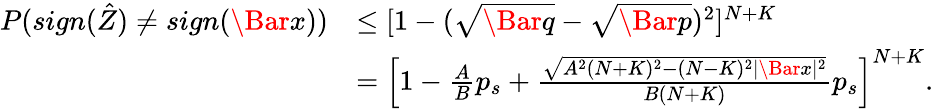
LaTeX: \begin{array}{rl}{P(sign(\hat{Z})\neq sign(\Bar{x}))}&{\leq[1-(\sqrt{\Bar{q}}-\sqrt{\Bar{p}})^{2}]^{N+K}}\\ &{=\left[1-\frac{A}{B}p_{s}+\frac{\sqrt{A^{2}(N+K)^{2}-(N-K)^{2}|\Bar{x}|^{2}}}{B(N+K)}p_{s}\right]^{N+K}.}\end{array}